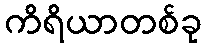
ကိရိယာတစ်ခု